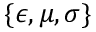
\{ \epsilon , \mu , \sigma \}